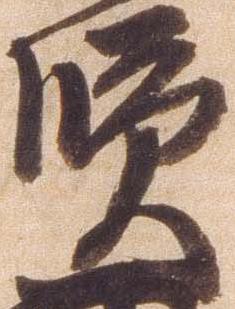
賢